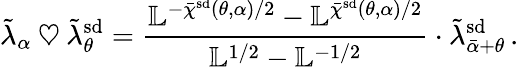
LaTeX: \tilde{\lambda}_{\alpha}\mathbin{\heartsuit}\tilde{\lambda}_{\theta}^{\smash{\mathrm{sd}}}=\frac{\mathbb{L}^{-\bar{\chi}^{\smash{\mathrm{sd}}}(\theta,\alpha)/2}-\mathbb{L}^{\bar{\chi}^{\smash{\mathrm{sd}}}(\theta,\alpha)/2}}{\mathbb{L}^{1/2}-\mathbb{L}^{-1/2}}\cdot\tilde{\lambda}_{\bar{\alpha}+\theta}^{\smash{\mathrm{sd}}}\, .